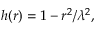
h ( r ) = 1 - r ^ { 2 } / \lambda ^ { 2 } ,